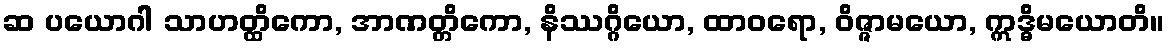
ဆ ပယောဂါ သာဟတ္ထိကော, အာဏတ္တိကော, နိဿဂ္ဂိယော, ထာဝရော, ဝိဇ္ဇာမယော, ဣဒ္ဓိမယောတိ။